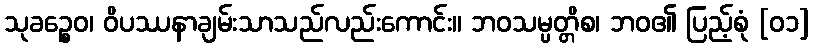
သုခဉ္စေဝ၊ ဝိပဿနာချမ်းသာသည်လည်းကောင်း။ ဘဝသမ္ပတ္တိစ၊ ဘဝ၏ ပြည့်စုံ [၀၁]